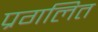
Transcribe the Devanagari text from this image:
प्रगलित